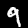
Label: 9